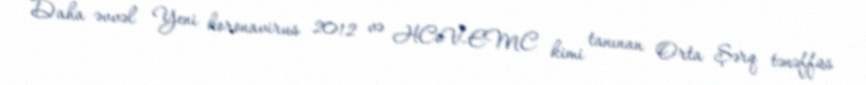
Daha əvvəl Yeni koronavirus 2012 və HCoV-EMC kimi tanınan Orta Şərq tənəffüs